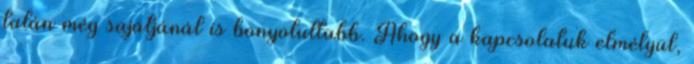
talán még sajátjánál is bonyolultabb. Ahogy a kapcsolatuk elmélyül,